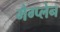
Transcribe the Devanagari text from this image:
मैग्प्लेन